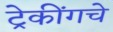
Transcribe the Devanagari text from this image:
ट्रेकींगचे